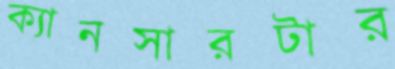
ক্যানসারটার